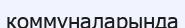
коммуналарында